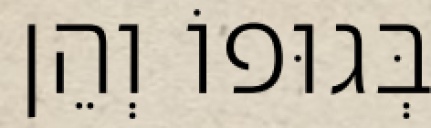
בְּגוּפוֹ וְהֵן